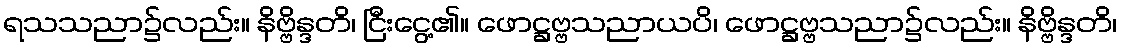
ရသသညာ၌လည်း။ နိဗ္ဗိန္ဒတိ၊ ငြီးငွေ့၏။ ဖောဋ္ဌဗ္ဗသညာယပိ၊ ဖောဋ္ဌဗ္ဗသညာ၌လည်း။ နိဗ္ဗိန္ဒတိ၊